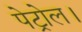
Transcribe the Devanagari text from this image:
पेट्रोल।